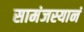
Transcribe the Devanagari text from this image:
सामंजस्यानं